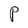
Character: P